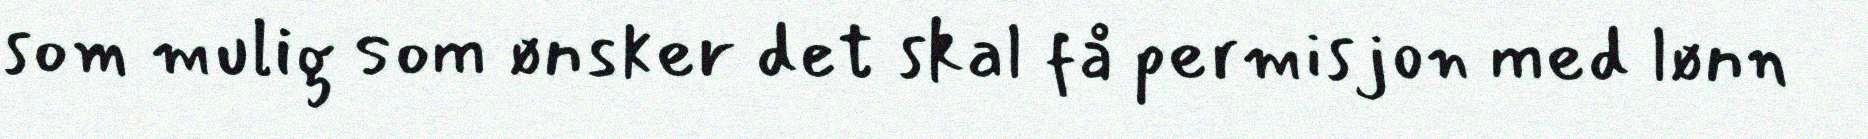
som mulig som ønsker det skal få permisjon med lønn